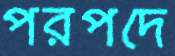
পরপদে